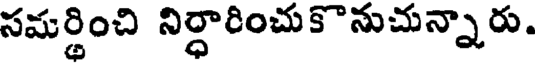
సమర్థించి నిర్ధారించుకొనుచున్నారు.